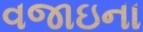
વજાઇના